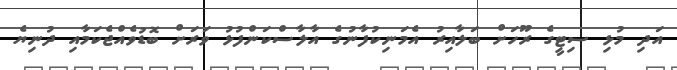
އަދި މުޅި ސިޓީގެ ރޫހަށް ބަލާއިރު އެމަނިކުފާނުގެ އާލާސްކަންފުޅު ވަރަށް ބޮޑުވެއްޖެކަމާއި ދުނިޔެ